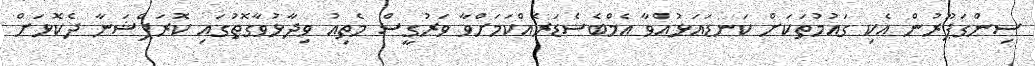
ސިންގަޕޫރުން އެކި ގައުމުތަކަށް ކަނޑައަޅުއްވާ އެމްބެސެޑަރެއްކަމަށްވާ ވަރުގީސް މެތިއު ވިދާޅުވާގޮތުގައި ކޮރަޕްޝަނާ ދެކޮޅަށް